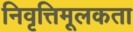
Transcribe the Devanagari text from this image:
निवृत्तिमूलकता